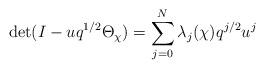
LaTeX: \begin{align*}\det (I-u q^{1/2}\Theta_\chi) =\sum_{j=0}^{N} \lambda_j(\chi)q^{j/2} u^j\end{align*}